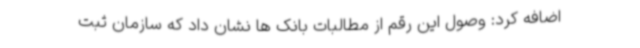
اضافه کرد: وصول این رقم از مطالبات بانک ها نشان داد که سازمان ثبت